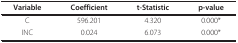
| Variable | Coefficient | t-Statistic | p-value |
 | --- | --- | --- | --- |
 | C | 596.201 | 4.320 | 0.000* |
 | INC | 0.024 | 6.073 | 0.000* |